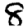
Digit: 8